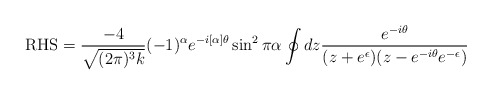
\begin{align*}\mbox{RHS}=\frac{-4}{\sqrt{(2\pi)^3 k}}(-1)^{\alpha}e^{-i[\alpha]\theta}\sin^2\pi\alpha\oint dz \frac{e^{-i\theta}}{(z+e^\epsilon)(z-e^{-i\theta}e^{-\epsilon})}\end{align*}